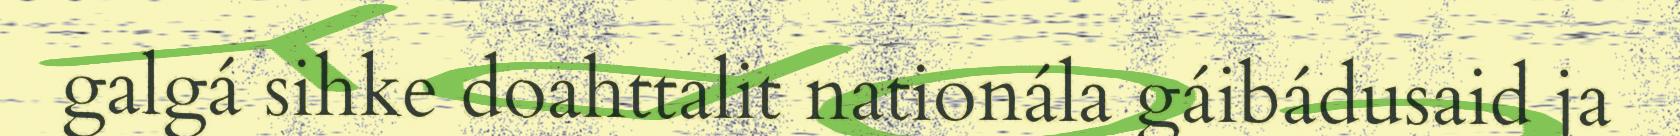
galgá sihke doahttalit nationála gáibádusaid ja